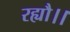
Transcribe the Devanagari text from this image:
रह्यौ।।